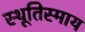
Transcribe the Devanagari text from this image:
स्थूतिस्माय